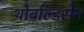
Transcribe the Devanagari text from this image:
थोर्वाल्डसेन